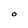
Character: O